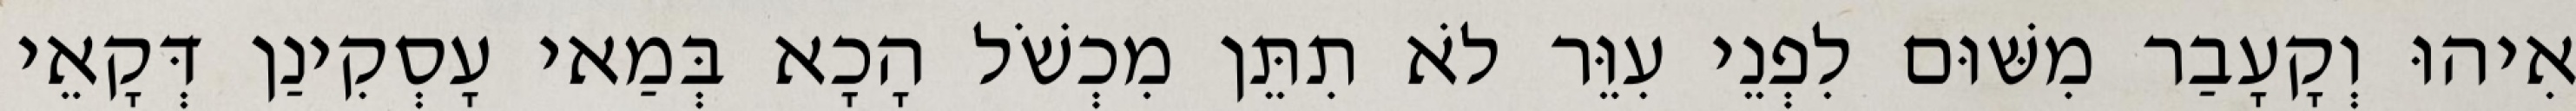
אִיהוּ וְקָעָבַר מִשּׁוּם לִפְנֵי עִוֵּר לֹא תִתֵּן מִכְשֹׁל הָכָא בְּמַאי עָסְקִינַן דְּקָאֵי